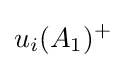
u_{i}(A_{1})^{+}